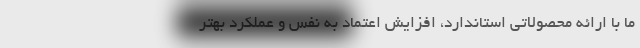
ما با ارائه محصولاتی استاندارد، افزایش اعتماد به نفس و عملکرد بهتر